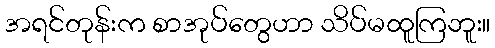
အရင်တုန်းက စာအုပ်တွေဟာ သိပ်မထူကြဘူး။